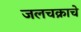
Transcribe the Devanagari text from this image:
जलचक्राचे